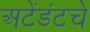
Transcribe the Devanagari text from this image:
अटेंडंटचे